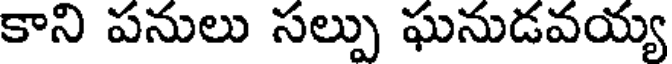
కాని పనులు సల్పు ఘనుడవయ్య